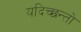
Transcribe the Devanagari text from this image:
यदिच्छन्तो